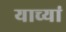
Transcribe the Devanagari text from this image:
याच्यां